Calcutta medical institutions reports 1871-78
Year: 1871
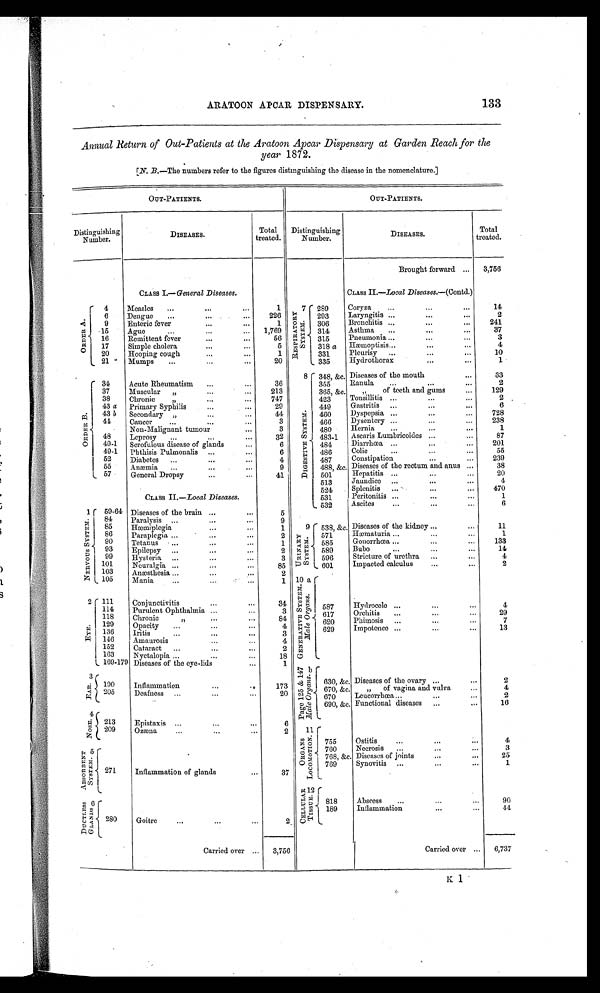
ARATOON APCAR DISPENSARY.
133
Annual Return of Out-Patients at the Aratoon Apcar Dispensary at Garden Reach for the
year 1872.
[N. B.—The numbers refer to the figures distinguishing the disease in the nomenclature.]
OUT-PATIENTS.
OUT-PATIENTS.
Distinguishing
Number.
DISEASES.
Total treated. Distinguishing
Number.
DISEASES.
Total
treated.
Brought forward
3,756
CLASS I.— General Diseases.
CLASS II.—Local Diseases .—(Contd.)
A.
O R D E R 4
Measles
1
7 R E S P I R A T O R Y
SYSTEM. 289
Coryza
14
6
Dengue
226
293
Laryngitis
2
9
Enteric fever
1
306
Bronchitis
241
15
Ague
1,769
314
Asthma
37
16
Remittent fever
56
315
Pneumonia
3
17
Simple cholera
5
318 a Hæmoptisis
4
20
Hooping cough
1
331
P l e u r i s y
10
2 1 Mumps
20
335
Hydrothorax
1
B.
ORDER
3 4
Acute Rheumatism
36
8
DI GE S T I VE S YS T E M. 348, &c. Diseases of the mouth
33
355
Ranula
2
37
Muscular
„
213
365, &c.
,,
of teeth and gums
129
38
Chronic
747
423
Tonsillitis
2
43 a
Primary Syphilis
29
449
Gastritis
6
43 b
Secondary ,,
44
460
Dyspepsia
728
44
Cancer
3
466
D y s e n t e r y
238
Non-Malignant tumour
3
480
Herina
1
48
Leprosy
32
483-1
Ascaris Lumbricoides
87
4 9 - 1 Scrofulous disease of glands
6
484
D i a r r h œ a
201
4 9 - 1
P h t h i s i s P u l m o n a l i s
6
486
Colic
5 5
52
Diabetes
4
487
Constipation
239
5 5
Anæmia
9
488, &c. Diseases of the rectum and anus
38
5 7
General Dropsy
41
501
Hepatitis
20
CLASS II.—Local Diseases.
513
Jaundice
4
524
Splenitis
470
531
Peritonitis
1
532
Ascites
6
1
N E R V O U S S Y S T E M. 59-64 Diseases of the brain
5
9 URI NARY SYSTEM>
538, &c. Diseases of the kidney
11
84
Paralysis
9
85
H æ m i p l e g i a
1
86
Paraplegia
2
571
Hæmaturia
1
90
Tetanus
1
585
Gonorrhœa
133
93
Epilepsy
2
589
Bubo
14
99
Hysteria
3
596
Stricture of urethra
4
101
Neuralgia
85
601
Impacted calculus
2
103
Ancesthesia
2 10 a
GENERATI VE SYSTEM.
Male Organs. 587
Hydrocele
4
105
Mania
1
2
EYE. 111
Conjunctivitis
34
114
Purulent Ophthalmia
3
617
O r c h i t i s
29
1 1 8
Chronic
84
620
P h i m o s i s
7
129
Opacity
4
629
Impotence
13
1 3 6
Iritis
3
146
Amaurosis
4
152
Cataract
2
163
Nyctelopia
18
169-179 Diseases of the eye-lids
1
3
EYE
b Page125 &147
Male Organs.
630, &c. Diseases of the ovary
2
1 9 0
Inflammation
173
670, &c.
„
of vagina and vulva
4
2 0 5 Deafness
20
670
Leucorrhœa
2
690, &c. Functional diseases
16
4 NOSE.
21 3
Epistaxis
6
209
Ozæna
2
11 ORGANS LOCOMATI ON.
755
Ostitis
4
5
ABS ORBENT S YS TEM. 2 7 1
Inflammation of glands
37
760
Necrosis
3
768, &c. Diseases of joints
25
769
Synovitis
1
12 CELLULAR TISSUE.
818
Abscess
90
6 DUCT L E S S
GLANDS
280
189
I n f l a m m a t i o n
44
Goitre
2
Carried over
3,756
Carried over
6,737
K 1